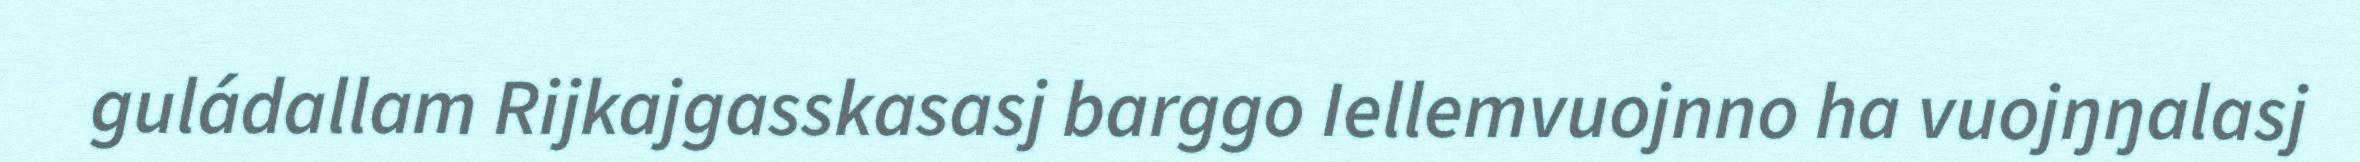
guládallam Rijkajgasskasasj barggo Iellemvuojnno ha vuojŋŋalasj